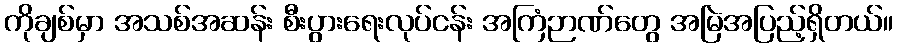
ကိုချစ်မှာ အသစ်အဆန်း စီးပွားရေးလုပ်ငန်း အကြံဉာဏ်တွေ အမြဲအပြည့်ရှိတယ်။